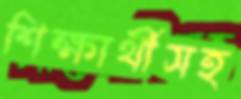
শিক্ষার্থীসহ